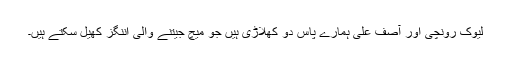
لیوک رونچی اور آصف علی ہمارے پاس دو کھلاڑی ہیں جو میچ جیتنے والی اننگز کھیل سکتے ہیں۔